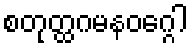
စတုတ္ထဂမနဝဂ္ဂေါ